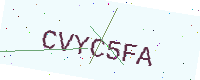
Text: CVYC5FA